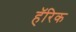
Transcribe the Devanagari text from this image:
हॅरिक